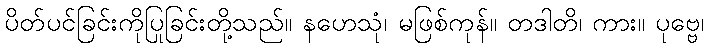
ပိတ်ပင်ခြင်းကိုပြုခြင်းတို့သည်။ နဟေသုံ၊ မဖြစ်ကုန်။ တဒါတိ၊ ကား။ ပုဗ္ဗေ၊